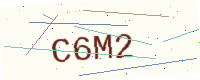
Text: C6M2